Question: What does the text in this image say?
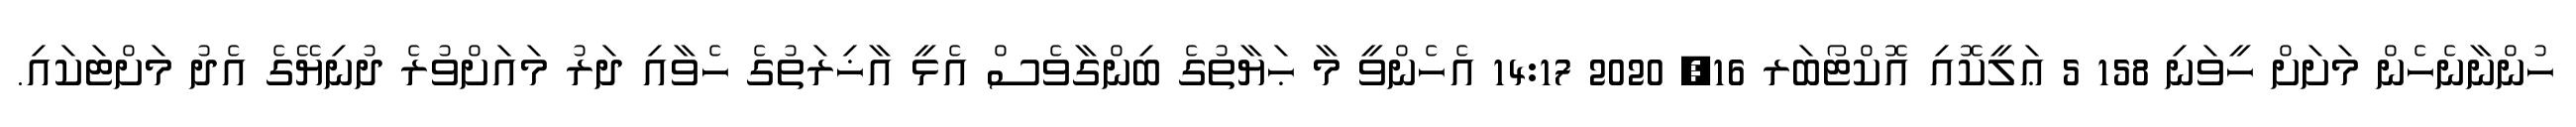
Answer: ހުންނާނެހެން މަށަށް ހީވަނި 158 5 ޢަލީކޮއި އޮކްޓޯބަރ 16, 2020 14:17 އެހެންވީ މާ ޙަޔާތުގެ ބިންގާވެސް އެޅީ އާޚިރަތުގެ ހެވާއި ދަރު މައަށްވުރެ ދުނިޔޭގެ އެދު މަށްޓަކައި.